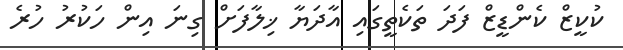
ކުކީޒް ކެންޑީޒް ފަދަ ތަކެތީގައި އާދަޔާ ޚިލާފަށް ގިނަ އިން ހަކުރު ހުރެ